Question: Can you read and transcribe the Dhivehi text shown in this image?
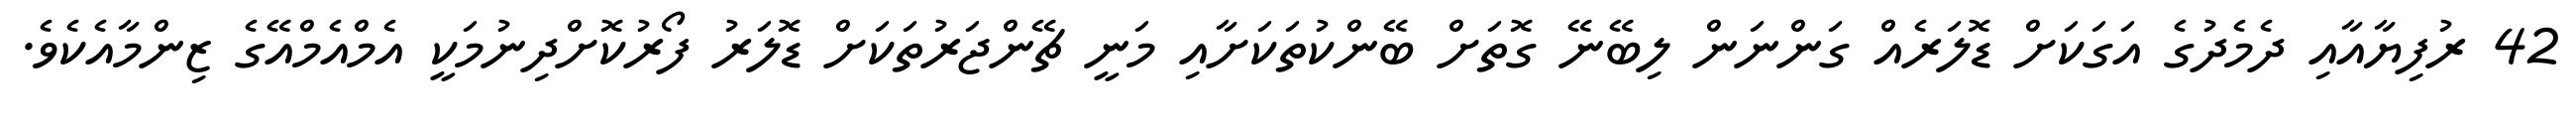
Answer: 42 ރުފިޔާއާއި ދެމެދުގެ އަގަކަށް ޑޮލަރެއް ގަންނަން ލިބޭނޭ ގޮތަށް ބޭންކުތަކަށާއި މަނީ ޗޭންޖަރުތަކަށް ޑޮލަރު ފޯރުކޮށްދިނުމަކީ އެމްއެމްއޭގެ ޒިންމާއެކެވެ.